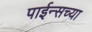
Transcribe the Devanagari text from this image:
पाईन्सच्या